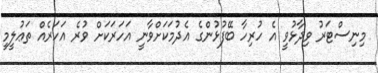
މިނިސްޓަރު ވިދާޅުވީ އެ ހުރިހާ ބޭފުޅުންގެ އެދުމަކަށްވާނީ އަހަރަކަށް ވުރެ އަހަރެއް ތަޢުލީމީ